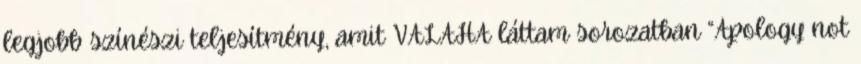
legjobb színészi teljesítmény, amit VALAHA láttam sorozatban “Apology not